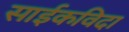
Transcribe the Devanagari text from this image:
साईकविदा